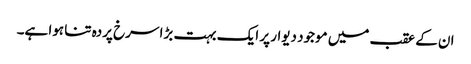
ان کے عقب میں موجود دیوار پر ایک بہت بڑا سرخ پردہ تنا ہوا ہے۔